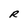
Character: R